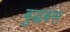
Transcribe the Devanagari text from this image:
बुद्धबंस